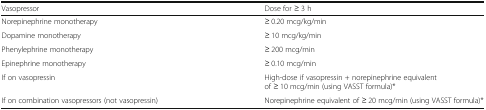
<table><thead><tr><td><b>Vasopressor</b></td><td><b>Dose for ≥ 3 h</b></td></tr></thead><tbody><tr><td>Norepinephrine monotherapy</td><td>≥ 0.20 mcg/kg/min</td></tr><tr><td>Dopamine monotherapy</td><td>≥ 10 mcg/kg/min</td></tr><tr><td>Phenylephrine monotherapy</td><td>≥ 200 mcg/min</td></tr><tr><td>Epinephrine monotherapy</td><td>≥ 0.10 mcg/min</td></tr><tr><td>If on vasopressin</td><td>High-dose if vasopressin + norepinephrine equivalent of ≥ 10 mcg/min (using VASST formula)*</td></tr><tr><td>If on combination vasopressors (not vasopressin)</td><td>Norepinephrine equivalent of ≥ 20 mcg/min (using VASST formula)*</td></tr></tbody></table>